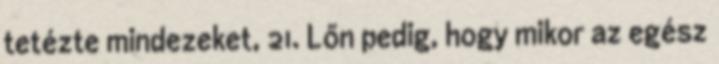
tetézte mindezeket, 21. Lőn pedig, hogy mikor az egész